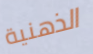
الذهنية